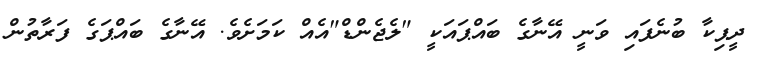
ދީޕިކާ ބުނެފައި ވަނީ އޭނާގެ ބައްޕައަކީ "ލެޖެންޑް"އެއް ކަމަށެވެ. އޭނާގެ ބައްޕަގެ ފަރާތުން